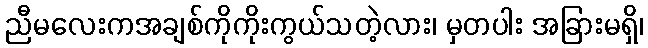
ညီမလေးကအချစ်ကိုကိုးကွယ်သတဲ့လား၊ မှတပါး အခြားမရှိ၊